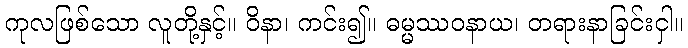
ကုလဖြစ်သော လူတို့နှင့်။ ဝိနာ၊ ကင်း၍။ ဓမ္မဿဝနာယ၊ တရားနာခြင်းငှါ။